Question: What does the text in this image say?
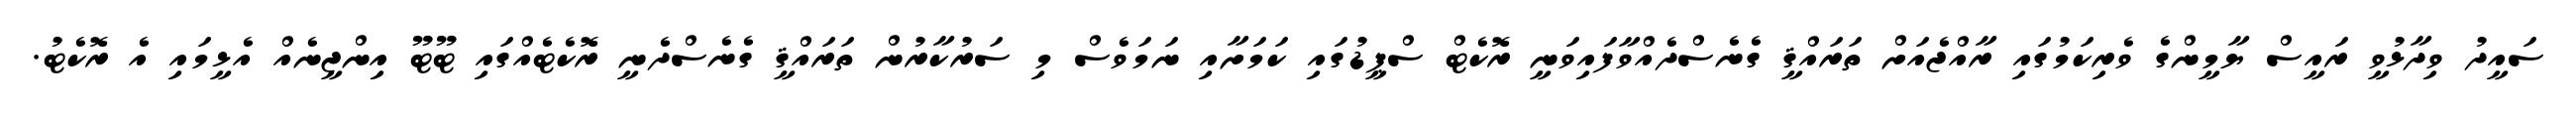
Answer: ސައީދު ވިދާޅުވީ ރައީސް ޔާމީންގެ ވެރިކަމުގައި ރާއްޖެއަށް ތަރައްޤީ ގެނެސްދެއްވާފައިވަނީ ރޮކެޓް ސްޕީޑުގައި ކަމަށާއި ނަމަވެސް މި ސަރުކާރުން ތަރައްޤީ ގެނެސްދެނީ ރޮކެޓެއްގައި ޓޫޓޫ އިންޖީނެއް އެޅީމައި އެ ރޮކެޓު.